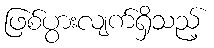
ဖြစ်ပွားလျက်ရှိသည့်